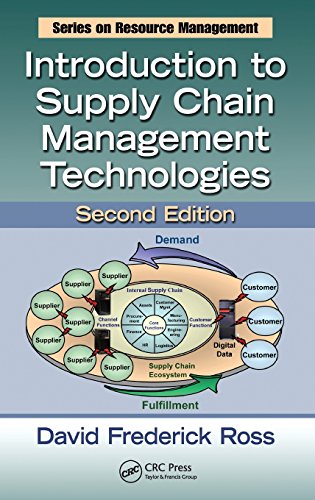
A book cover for Introduction to Supply Chain Management Technologies, Second Edition (Resource Management); David Frederick Ross; Business & Money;